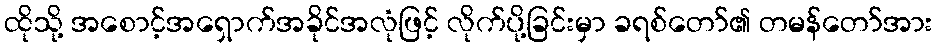
ထိုသို့ အစောင့်အရှောက်အခိုင်အလုံဖြင့် လိုက်ပို့ခြင်းမှာ ခရစ်တော်၏ တမန်တော်အား